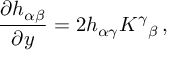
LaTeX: { \frac { \partial h _ { \alpha \beta } } { \partial y } } = 2 h _ { \alpha \gamma } K ^ { \gamma } { } _ { \beta } \, ,